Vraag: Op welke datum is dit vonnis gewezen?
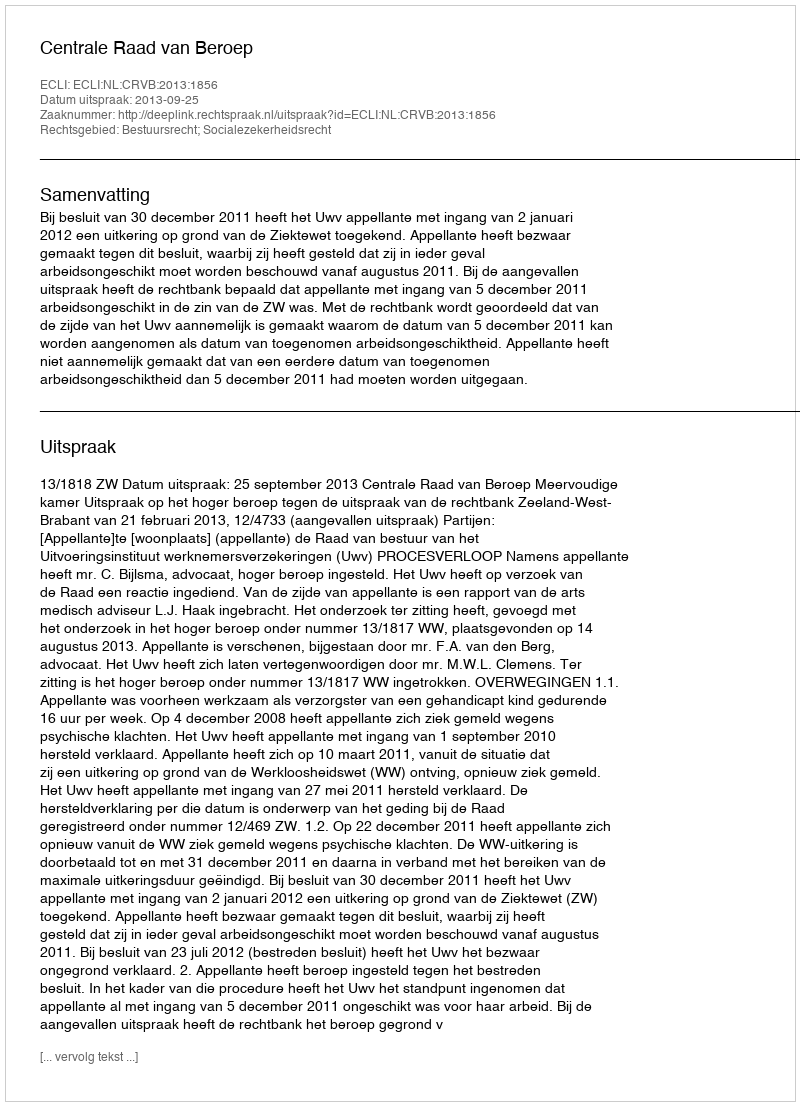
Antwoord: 2013-09-25